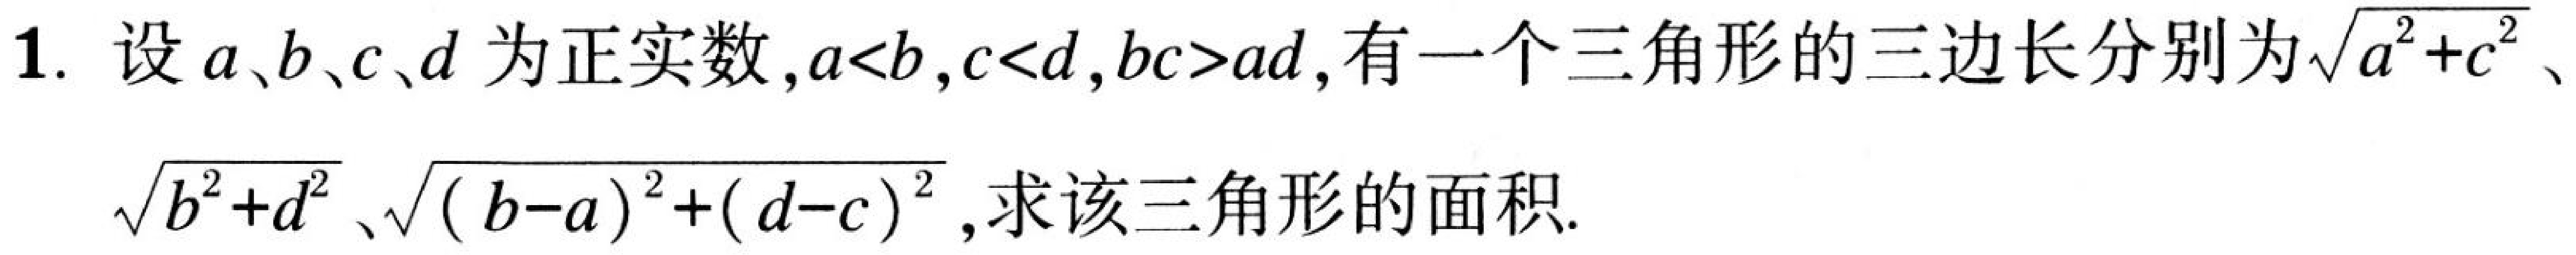
1. 设\(a、b、c、d\)为正实数，\(a < b\)，\(c < d\)，\(bc>ad\)，有一个三角形的三边长分别为\(\sqrt{a^{2}+c^{2}}\)、\(\sqrt{b^{2}+d^{2}}\)、\(\sqrt{(b - a)^{2}+(d - c)^{2}}\)，求该三角形的面积.